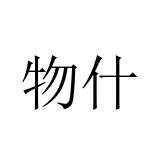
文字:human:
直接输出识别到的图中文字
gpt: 物什